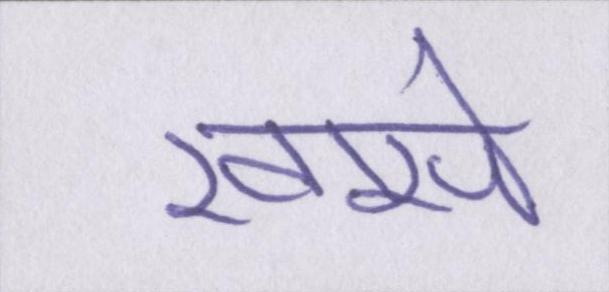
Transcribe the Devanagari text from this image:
खासे